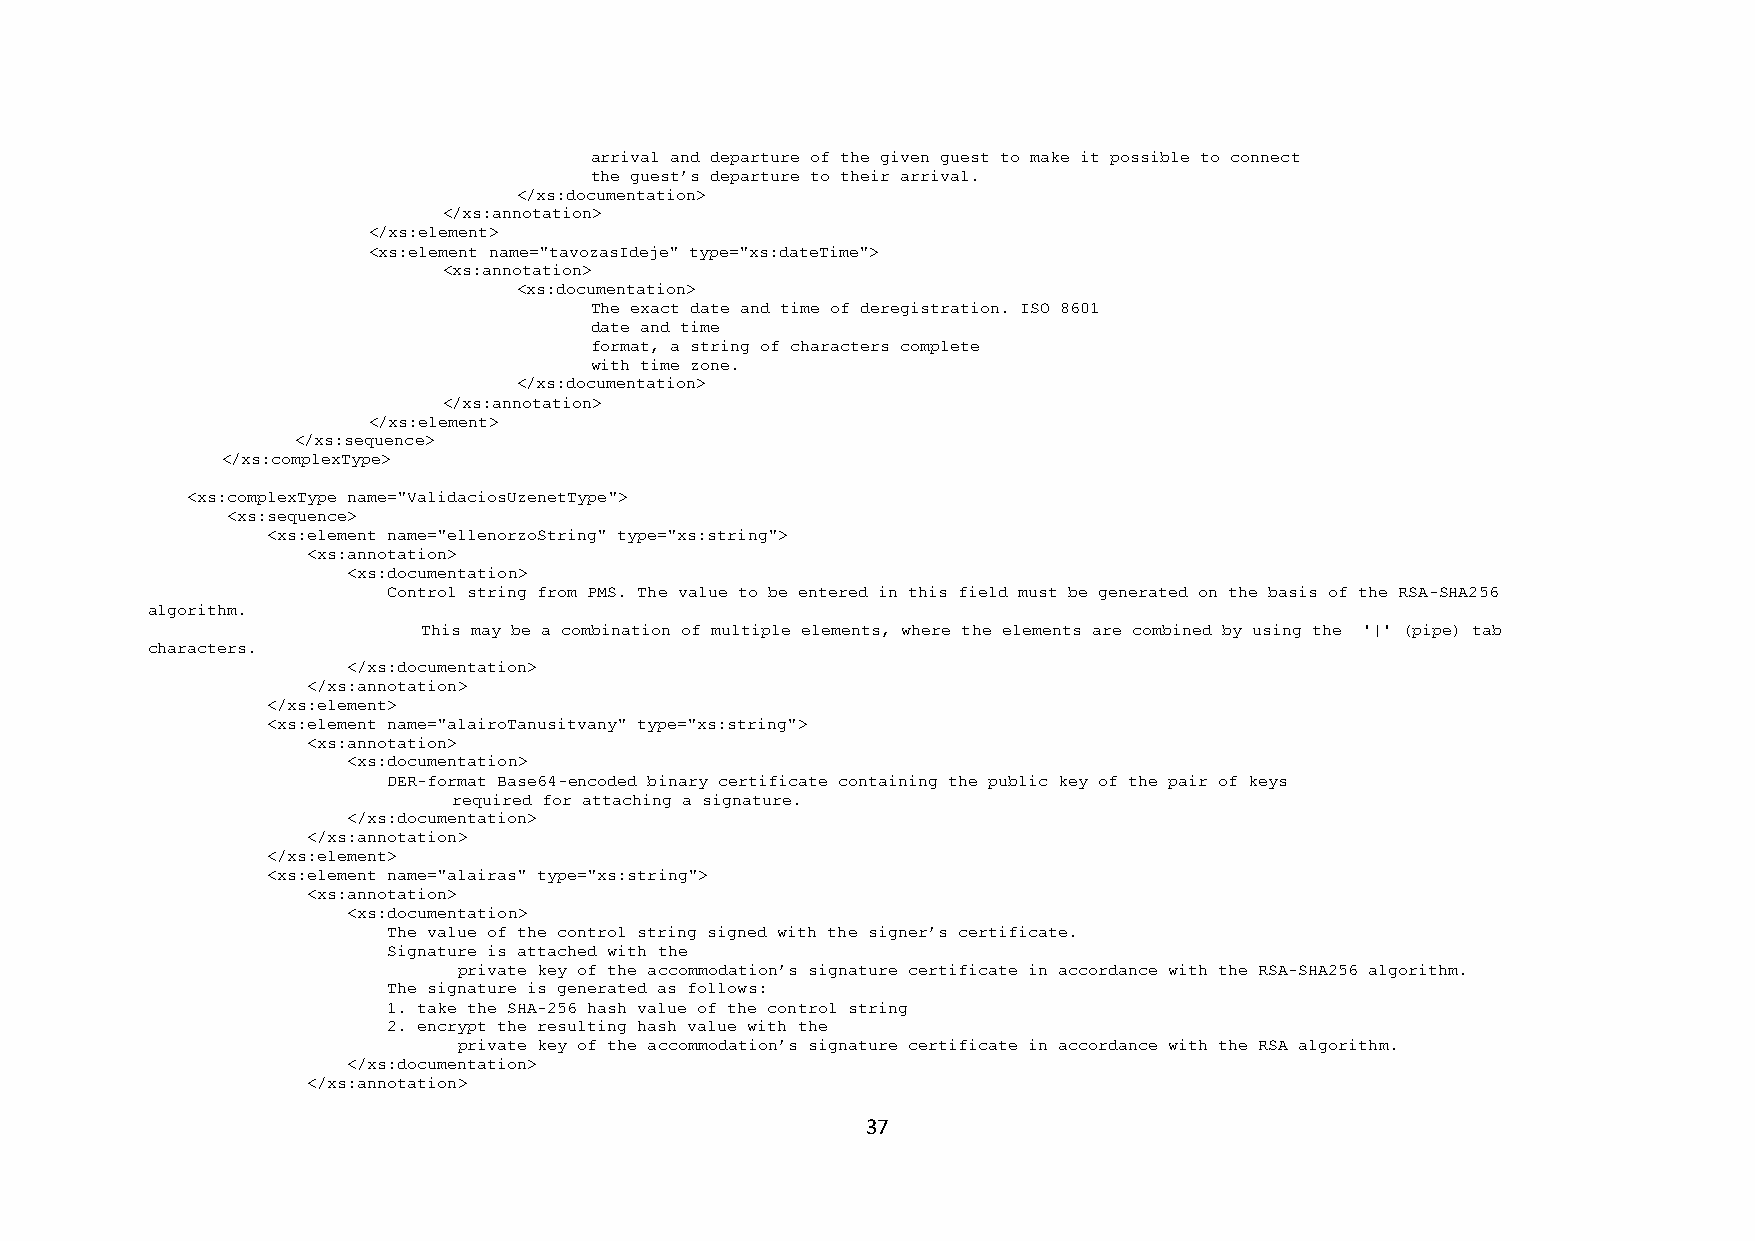
arrival and departure of the given guest to make it possible to connect
 the guest’s departure to their arrival.
 </xs:documentation>
 </xs:annotation>
 </xs:element>
 <xs:element name="tavozasIdeje" type="xs:dateTime">
 <xs:annotation>
 <xs:documentation>
 The exact date and time of deregistration. ISO 8601
 date and time
 format, a string of characters complete
 with time zone.
 </xs:documentation>
 </xs:annotation>
 </xs:element>
 </xs:sequence>
 </xs:complexType>
 <xs:complexType name="ValidaciosUzenetType">
 <xs:sequence>
 <xs:element name="ellenorzoString" type="xs:string">
 <xs:annotation>
 <xs:documentation>
 Control string from PMS. The value to be entered in this field must be generated on the basis of the RSA-SHA256
 algorithm.
 This may be a combination of multiple elements, where the elements are combined by using the '|' (pipe) tab
 characters.
 </xs:documentation>
 </xs:annotation>
 </xs:element>
 <xs:element name="alairoTanusitvany" type="xs:string">
 <xs:annotation>
 <xs:documentation>
 DER-format Base64-encoded binary certificate containing the public key of the pair of keys
 required for attaching a signature.
 </xs:documentation>
 </xs:annotation>
 </xs:element>
 <xs:element name="alairas" type="xs:string">
 <xs:annotation>
 <xs:documentation>
 The value of the control string signed with the signer’s certificate.
 Signature is attached with the
 private key of the accommodation’s signature certificate in accordance with the RSA-SHA256 algorithm.
 The signature is generated as follows:
 1. take the SHA-256 hash value of the control string
 2. encrypt the resulting hash value with the
 private key of the accommodation’s signature certificate in accordance with the RSA algorithm.
 </xs:documentation>
 </xs:annotation>
 37